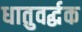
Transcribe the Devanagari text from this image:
धातुवर्द्धक